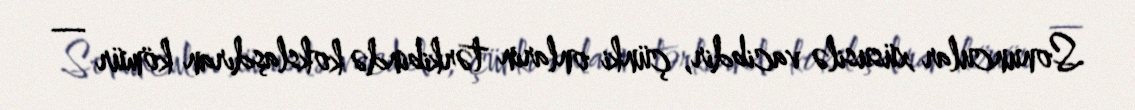
Sonuncular xüsusilə vacibdir, çünki onların tərkibində kokslaşdıran kömür —